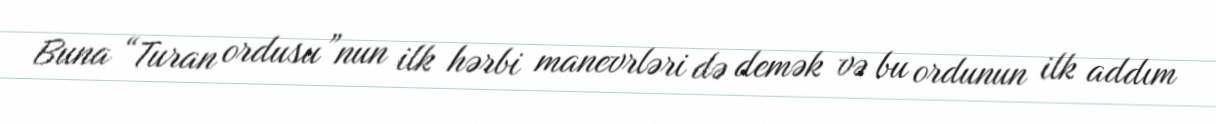
Buna “Turan ordusu”nun ilk hərbi manevrləri də demək və bu ordunun ilk addım